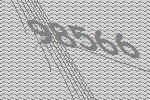
98566